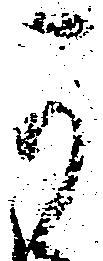
可